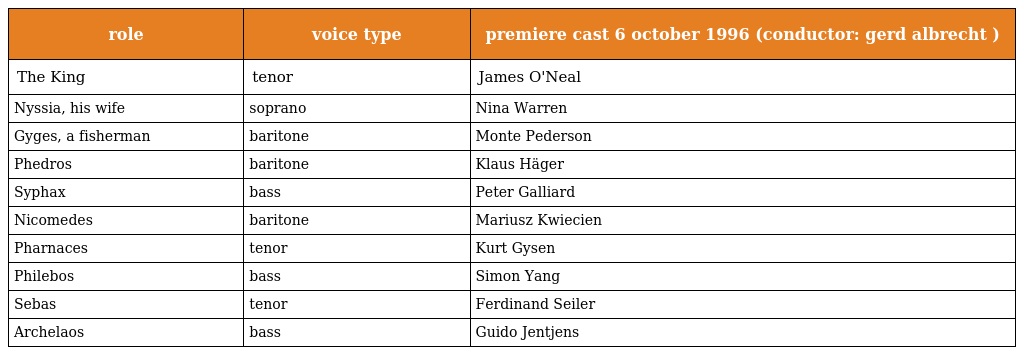
| role | voice type | premiere cast 6 october 1996 (conductor: gerd albrecht ) |
 | --- | --- | --- |
 | The King | tenor | James O'Neal |
 | Nyssia, his wife | soprano | Nina Warren |
 | Gyges, a fisherman | baritone | Monte Pederson |
 | Phedros | baritone | Klaus Häger |
 | Syphax | bass | Peter Galliard |
 | Nicomedes | baritone | Mariusz Kwiecien |
 | Pharnaces | tenor | Kurt Gysen |
 | Philebos | bass | Simon Yang |
 | Sebas | tenor | Ferdinand Seiler |
 | Archelaos | bass | Guido Jentjens |